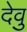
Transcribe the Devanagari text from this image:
देवु